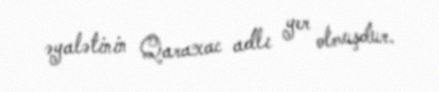
əyalətinin Qaraxac adlı yer olmuşdur.